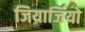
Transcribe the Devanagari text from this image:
जियार्जियो